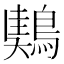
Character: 𪃤